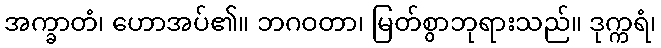
အက္ခာတံ၊ ဟောအပ်၏။ ဘဂဝတာ၊ မြတ်စွာဘုရားသည်။ ဒုက္ကရံ၊